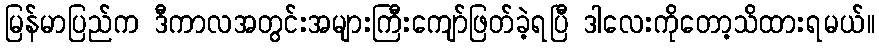
မြန်မာပြည်က ဒီကာလအတွင်းအများကြီးကျော်ဖြတ်ခဲ့ရပြီ ဒါလေးကိုတော့သိထားရမယ်။